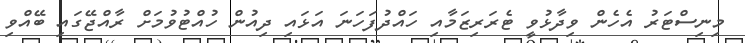
މިނިސްޓަރު އެހެން ވިދާޅުވީ ޓެރަރިޒަމާއި ހައްދުފަހަނަ އަޅައި ދިއުން ހުއްޓުވުމަށް ރާއްޖޭގައި ބޭއްވި